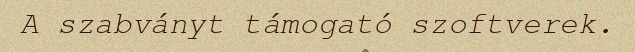
A szabványt támogató szoftverek.